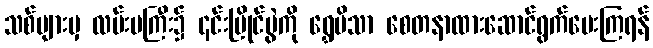
သစ်များမှ လမ်းမကြီး၌ ၎င်းပြိုင်ပွဲကို ရွှေပိသာ စေတနာထားဆောင်ရွက်ပေးကြရန်